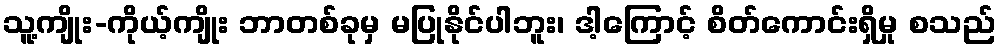
သူ့ကျိုး-ကိုယ့်ကျိုး ဘာတစ်ခုမှ မပြုနိုင်ပါဘူး၊ ဒါ့ကြောင့် စိတ်ကောင်းရှိမှု စသည်